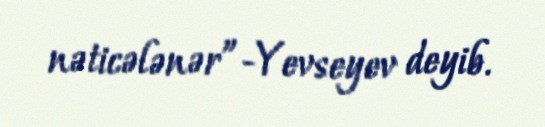
nəticələnər”-Yevseyev deyib.